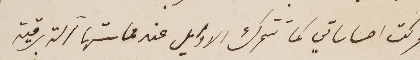
فتحركت احساساتي كما تتحرك الاوايل عند حماستها آلة برقية